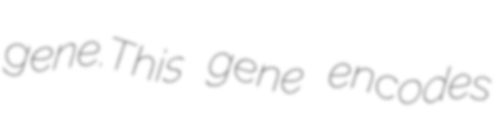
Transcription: gene.This gene encodes